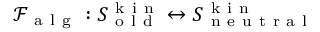
\mathcal { F } _ { \mathrm { ~ a ~ l ~ g ~ } } : S _ { \mathrm { ~ o ~ l ~ d ~ } } ^ { \mathrm { ~ k ~ i ~ n ~ } } \leftrightarrow S _ { \mathrm { ~ n ~ e ~ u ~ t ~ r ~ a ~ l ~ } } ^ { \mathrm { ~ k ~ i ~ n ~ } }